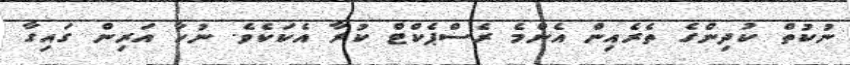
ނުކުތް ކުދިންގެ ތެރެއިން އެންމެ ރެސްޕެކްޓް ކުރާ އެކަކެވެ. ނުހާ އަރިން ގައިގާ